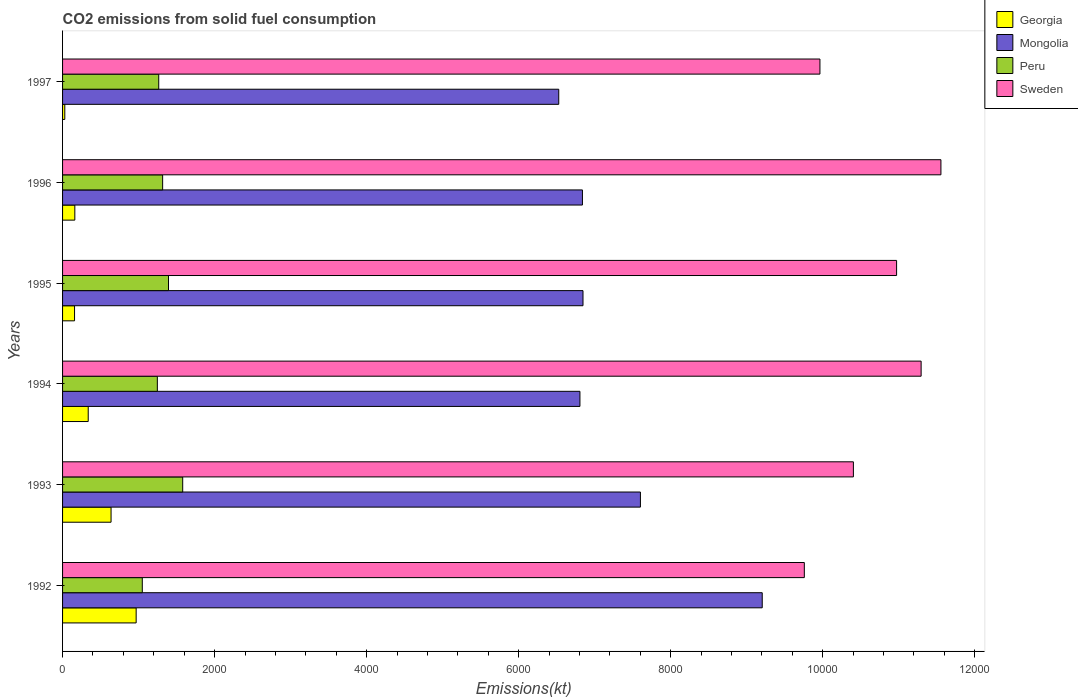
| Years | Georgia | Mongolia | Peru | Sweden |
 | --- | --- | --- | --- | --- |
 | 1992 | 968 | 9.2e+03 | 1.05e+03 | 9.76e+03 |
 | 1993 | 638 | 7.6e+03 | 1.58e+03 | 1.04e+04 |
 | 1994 | 337 | 6.81e+03 | 1.25e+03 | 1.13e+04 |
 | 1995 | 158 | 6.85e+03 | 1.39e+03 | 1.1e+04 |
 | 1996 | 161 | 6.84e+03 | 1.32e+03 | 1.16e+04 |
 | 1997 | 29.3 | 6.53e+03 | 1.27e+03 | 9.96e+03 |